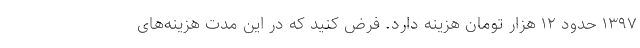
۱۳۹۷ حدود ۱۲ هزار تومان هزینه دارد. فرض کنید که در این مدت هزینه‌های